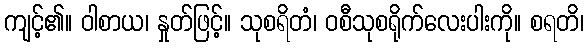
ကျင့်၏။ ဝါစာယ၊ နှုတ်ဖြင့်။ သုစရိတံ၊ ဝစီသုစရိုက်လေးပါးကို။ စရတိ၊